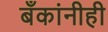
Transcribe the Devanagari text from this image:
बँकांनीही